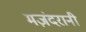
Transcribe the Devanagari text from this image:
मज़ंदरानी